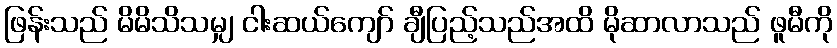
ဖြန်းသည် မိမိသိသမျှ ငါးဆယ်ကျော် ချီပြည့်သည်အထိ မိုဆာလာသည် ဖူမီကို